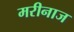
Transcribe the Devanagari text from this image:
मरीनाज